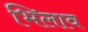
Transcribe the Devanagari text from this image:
भिलाव